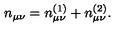
n _ { \mu \nu } = n _ { \mu \nu } ^ { ( 1 ) } + n _ { \mu \nu } ^ { ( 2 ) } .